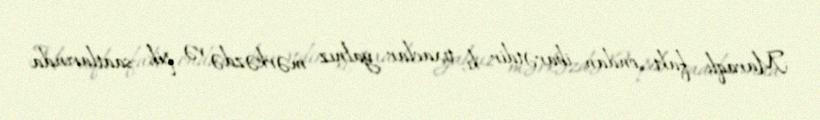
Maraqlı fakt ondan ibarətdir ki, tıxaclar yalnız mərkəzdə və pik saatlarında